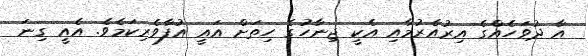
އާ ދުވަހެއްގެ އިރުއެރުމާއި އެކީ ޖިނާހުގެ ހިތަށް އައީ އުފާވެރިކަމެވެ. އެއީ ގިނަ